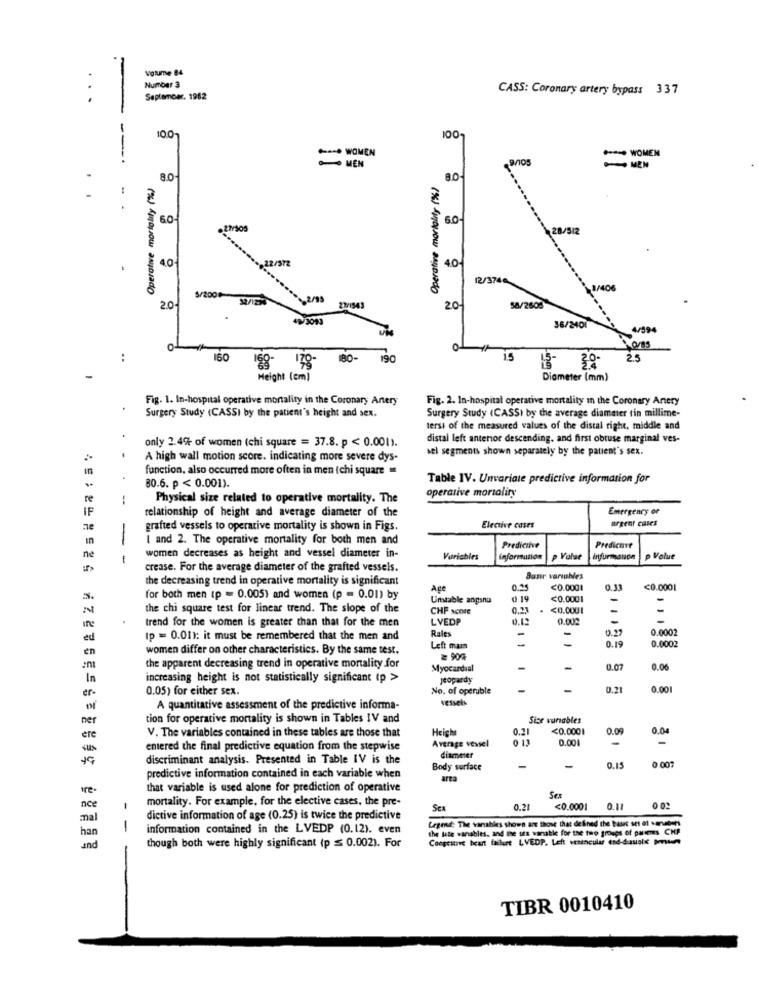
Volume 84
Number 3
CASS: Coronary artery bypass 337
September. 1982
-
10.0-
100
**** WOMEN
---
- MEN
** WOMEN
Operative mortality (%)
8.0
Operative mortality (%)
80
-
6.0
6.0-
28/512
40
4.0
2/3744
1/406
$/2000
2.0
27/1543
20
58/2605
49/3093
36/2401
1594
O-
:
160
180-
190
15
30-
2.5
168-
Height (cm)
Diameter (mm)
Fig. 1. In-hospital operative mortality in the Coronary Artery
Fig. 2. In-hospital operative mortality in the Coronary Artery
Surgery Study (CASSI by the patient's height and sex.
Surgery Study (CASSI by the average diameter tin millime-
tersi of the measured values of the distal right, middle and
only 2.4% of women (chi square = 37.8. p < 0.001).
distal left anterior descending. and first obtuse marginal ves-
sel segments shown separately by the patient's sex.
A high wall motion score. indicating more severe dys-
function, also occurred more often in men (chi square
Table IV. Unvariare predictive information for
30.6. p < 0.001).
re
-
Physical size related to operative mortality. The
operative mortality
relationship of height and average diameter of the
Emergenry or
IF
ne
grafted vessels to operative mortality is shown in Figs.
Elective cases
urgent cases
in
I and 2. The operative mortality for both men and
Predictive
Predicare
ne
- -
women decreases as height and vessel diameter in-
Variables
information
p Value
p Volue
crease. For the average diameter of the grafted vessels.
the decreasing trend in operative mortality is significant
Bunr variables
0.15
<0.0001
0.31
<0.0001
for both men tp = 0.005) and women (p = 0.01) by
Umtable angana
0.19
<0.0001
the chi square test for linear trend. The slope of the
CHP score
<0.0001
-
.
LVEDP
0.12
0.002
-
trend for the women is greater than that for the men
Rales
0.22
0.0002
ed
Ip = 0.01): it must be remembered that the men and
0.19
0.0002
en
women differ on other characteristics. By the same test.
Left main
# 904
the apparent decreasing trend in operative mortality for
Myocardial
-
-
0.07
0.06
In
increasing height is not statistically significant (p >
jeopardy
0.05) for either sex.
No. of operuble
-
-
0.21
0.00
er-
VEssels
A quantitative assessment of the predictive informa-
ner
tion for operative mortality is shown in Tables IV and
Sice vurables
Height
0.21
<0.0001
0.09
0.04
ere
V. The variables contained in these tables are those that
Average veviel
0 13
0.001
entered the final predictive equation from the stepwise
discriminant analysis. Presented in Table IV is the
diameter
0.15
0 007
Body surface
-
-
predictive information contained in each variable when
area
fre-
that variable is used alone for prediction of operative
mortality. For example, for the elective cases, the pre-
Sex
nce
-
Sca
0.2
<0.0001
0.11
mal
dictive information of age (0.25) is twice the predictive
Legend: The vanables shown are those that defined the bases set of .arbets
han
-
information contained in the LVEDP (0.12). even
the late wanables, and the us wanable for the two groups of parents CHP
Congestive heart failure LVEDP. Left verancular end-dasiols mm
und
though both were highly significant (p ≤ 0.002). For
TIBR 0010410
-